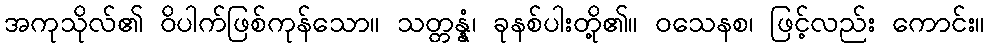
အကုသိုလ်၏ ဝိပါက်ဖြစ်ကုန်သော။ သတ္တန္နံ၊ ခုနစ်ပါးတို့၏။ ဝသေနစ၊ ဖြင့်လည်း ကောင်း။